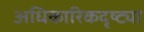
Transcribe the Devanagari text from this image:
अधिकारिकदृष्ट्या